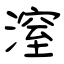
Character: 潌